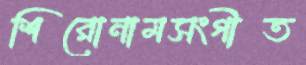
শিরোনামসংগীত